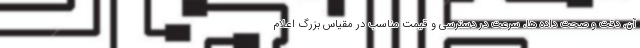
آن، دقت و صحت داده ها، سرعت در دسترسی و قیمت مناسب در مقیاس بزرگ اعلام